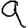
Digit: 9